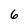
Character: 6